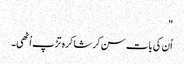
"
اُن کی بات سن کر شاکرہ تڑپ اُٹھی۔